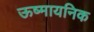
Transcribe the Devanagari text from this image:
ऊष्मायनिक